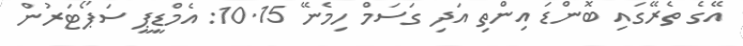
އޭގެ ތެރޭގައި ބޮންޑަ އިންތި އަދި ގަސަމް ހިމެނޭ 10.15: އެމްޑީޕީ ސަޕޯޓަރުން